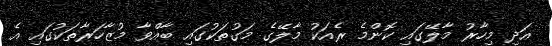
އަދި މިހާރު މާލޭގައި ކޮންމެ ރެއަކު މާލޭގެ މަގުތަކުގައި ބާއްވާ މުޒާހަރާތަކުގައި އެ